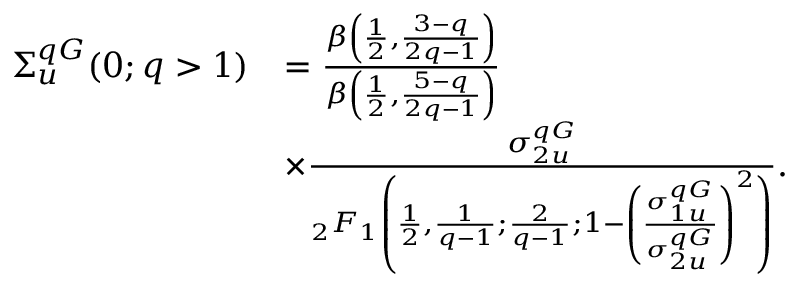
\begin{array} { r l } { \Sigma _ { u } ^ { q G } ( 0 ; q > 1 ) } & { = \frac { \beta \left( \frac { 1 } { 2 } , \frac { 3 - q } { 2 q - 1 } \right) } { \beta \left( \frac { 1 } { 2 } , \frac { 5 - q } { 2 q - 1 } \right) } } \\ & { \times \frac { \sigma _ { 2 u } ^ { q G } } { _ 2 F _ { 1 } \left( \frac { 1 } { 2 } , \frac { 1 } { q - 1 } ; \frac { 2 } { q - 1 } ; 1 - \left( \frac { \sigma _ { 1 u } ^ { q G } } { \sigma _ { 2 u } ^ { q G } } \right) ^ { 2 } \right) } . } \end{array}